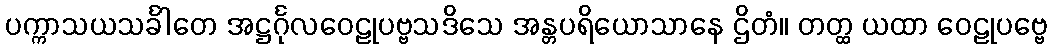
ပက္ကာသယသင်္ခါတေ အဋ္ဌင်္ဂုလဝေဠုပဗ္ဗသဒိသေ အန္တပရိယောသာနေ ဌိတံ။ တတ္ထ ယထာ ဝေဠုပဗ္ဗေ